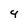
Character: 4